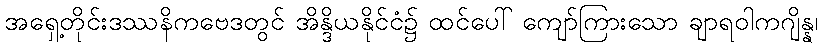
အရှေ့တိုင်းဒဿနိကဗေဒတွင် အိန္ဒိယနိုင်ငံ၌ ထင်ပေါ် ကျော်ကြားသော ချာရဝါကဂျိန္န၊